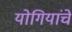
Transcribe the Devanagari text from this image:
योगियांचे